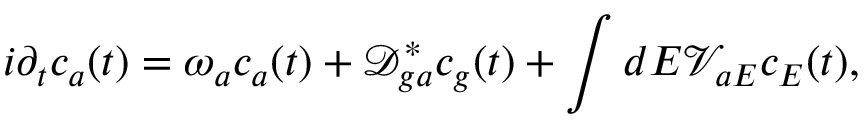
i \partial _ { t } c _ { a } ( t ) = ω _ { a } c _ { a } ( t ) + \mathcal { D } _ { g a } ^ { * } c _ { g } ( t ) + \int d E \mathcal { V } _ { a E } c _ { E } ( t ) ,